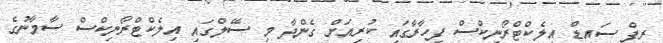
ރީފް ސައިޑް އިލެކްޓްރޯނިކްސް ފިހާރާގައި ކުރިއަށް ގެންދާ މި ސޭލްގައި އިލެކްޓްރޯނިކްސް ސާމާނުގެ